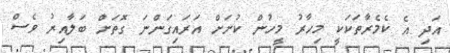
އަދި އެ ކެމެރާތަކަކީ މިހާރު މީހުން ކުށަށް އަރައިގަންނަ ގޮތަށް ބަލާއިރު ވެސް